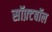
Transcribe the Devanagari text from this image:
सॉफ़्टबॉल